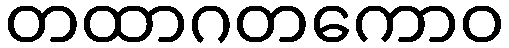
တထာဂတကောဝ